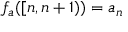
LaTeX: f _ { a } ( [ n , n + 1 ) ) = a _ { n }